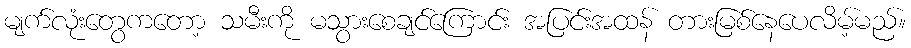
မျက်လုံးတွေကတော့ သမီးကို မသွားစေချင်ကြောင်း အပြင်းအထန် တားမြစ်နေပေလိမ့်မည်။